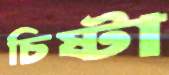
চিষ্টা